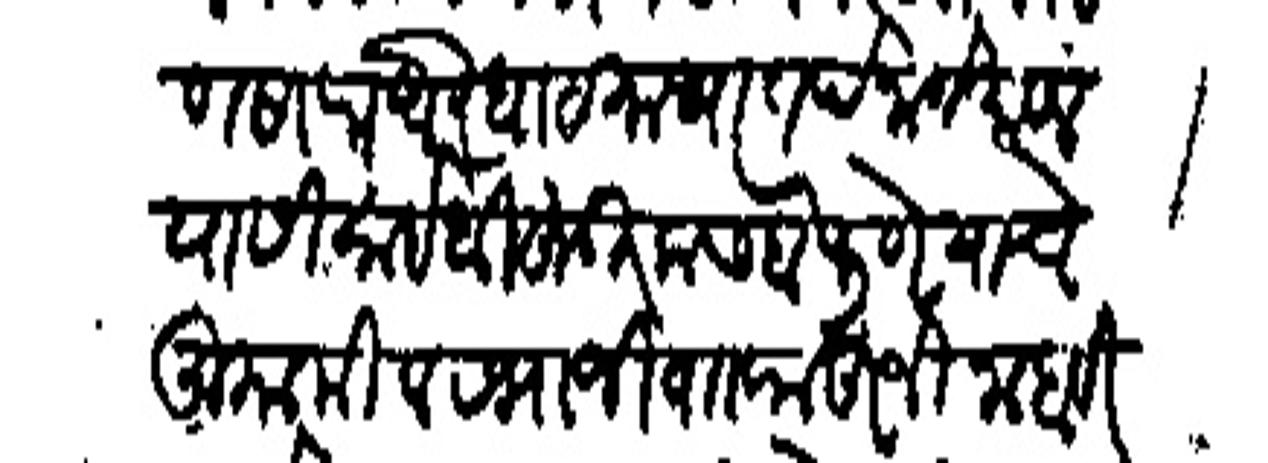
Transliteration (Devanagari): पानसरा बोरघाट माथा तर्फ नाणे मावल यासी साहेबी हुजूर कसबे पुणे याचे मुकामी रभाजी व राहूजी नाहावी